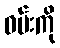
ဝမ်းကို